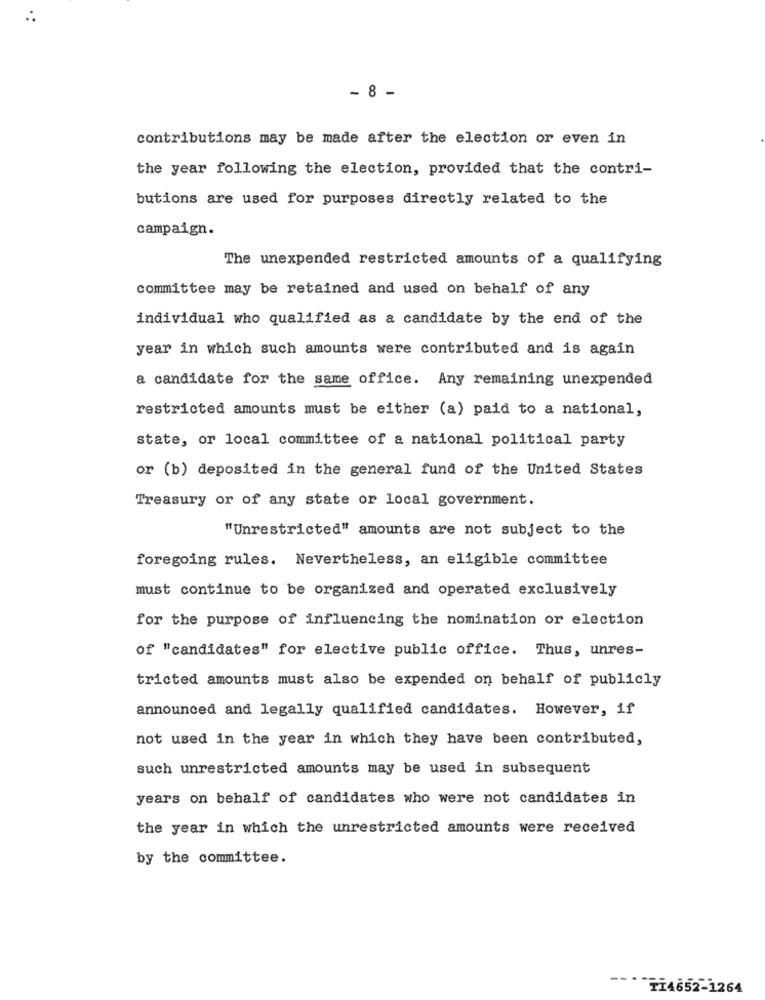
- 8 -
contributions may be made after the election or even in
the year following the election, provided that the contri-
butions are used for purposes directly related to the
campaign.
The unexpended restricted amounts of a qualifying
committee may be retained and used on behalf of any
individual who qualified as a candidate by the end of the
year in which such amounts were contributed and is again
a candidate for the same office. Any remaining unexpended
restricted amounts must be either (a) paid to a national,
state, or local committee of a national political party
or (b) deposited in the general fund of the United States
Treasury or of any state or local government.
"Unrestricted" amounts are not subject to the
foregoing rules. Nevertheless, an eligible committee
must continue to be organized and operated exclusively
for the purpose of influencing the nomination or election
of "candidates" for elective public office. Thus, unres-
tricted amounts must also be expended on behalf of publicly
announced and legally qualified candidates. However, if
not used in the year in which they have been contributed,
such unrestricted amounts may be used in subsequent
years on behalf of candidates who were not candidates in
the year in which the unrestricted amounts were received
by the committee.
TI4652-1264